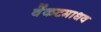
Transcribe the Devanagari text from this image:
वेंकटमाधव